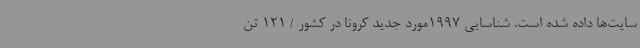
سایت‌ها داده شده است. شناسایی 1997مورد جدید کرونا در کشور / 121 تن